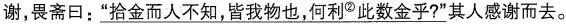
谢，畏斋口：\underline{“拾金而人不知，皆我物也，何利^{②}此数金乎?”}其人感谢而去。